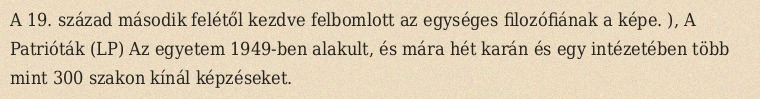
A 19. század második felétől kezdve felbomlott az egységes filozófiának a képe. ), A Patrióták (LP) Az egyetem 1949-ben alakult, és mára hét karán és egy intézetében több mint 300 szakon kínál képzéseket.